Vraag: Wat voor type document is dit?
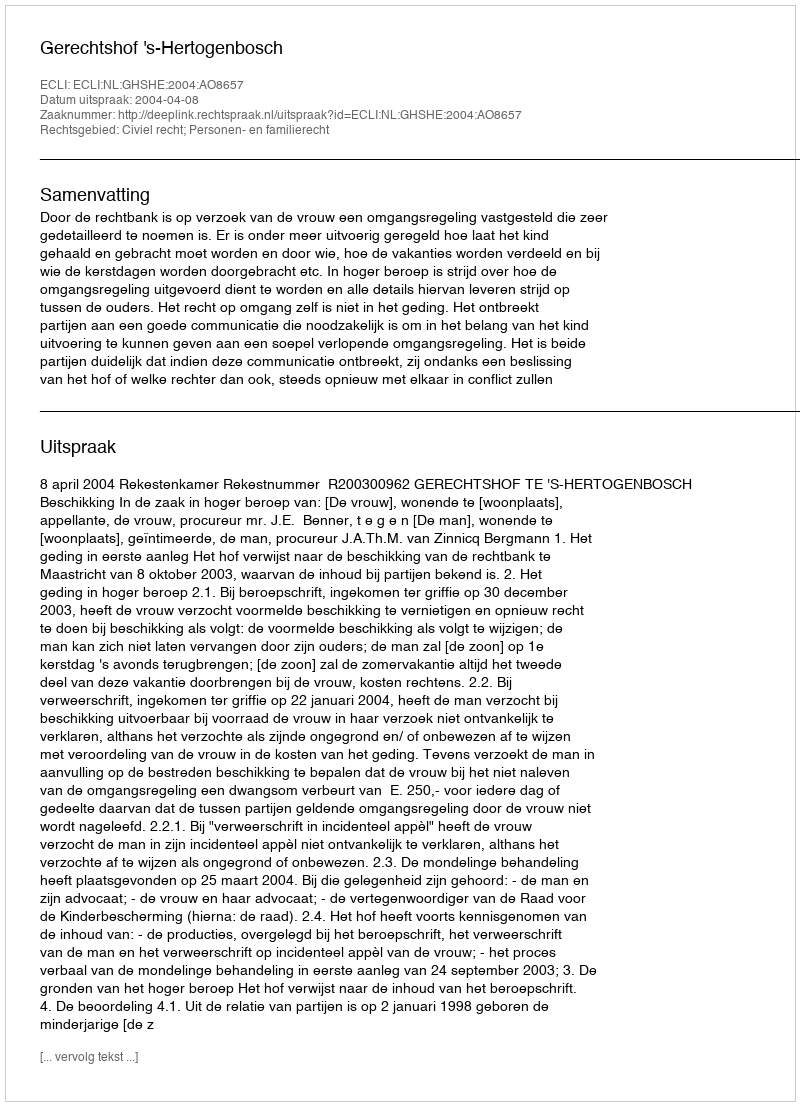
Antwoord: Uitspraak